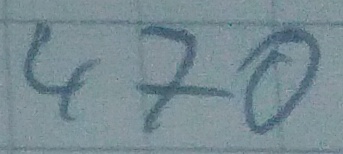
Text: 470